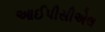
આઈપીસીએલ